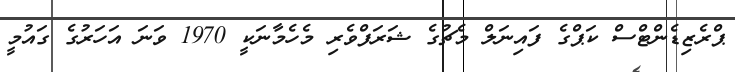
ޕްރެޒިޑެންޓްސް ކަޕްގެ ފައިނަލް މެޗުގެ ޝަރަފްވެރި މެހެމާނަކީ 1970 ވަނަ އަހަރުގެ ގައުމީ